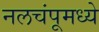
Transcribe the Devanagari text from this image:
नलचंपूमध्ये